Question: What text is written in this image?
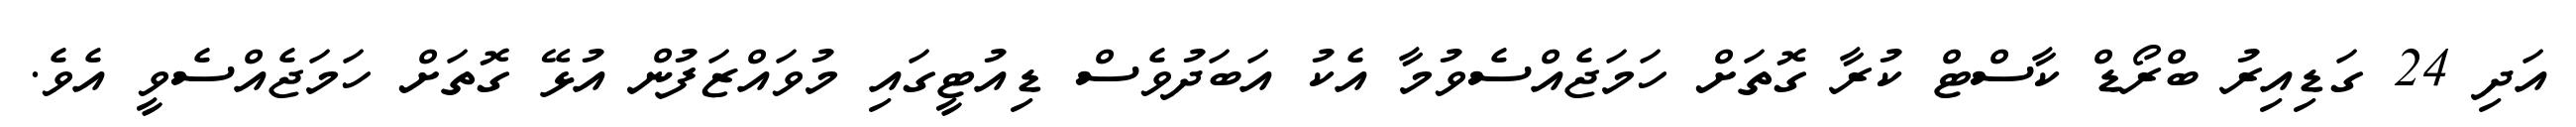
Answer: އަދި 24 ގަޑިއިރު ބްރޯޑް ކާސްޓް ކުރާ ގޮތަށް ހަމަޖެއްސެވުމާ އެކު އަބަދުވެސް ޑިއުޓީގައި މުވައްޒަފުން އުޅޭ ގޮތަށް ހަމަޖެއްސެވީ އެވެ.